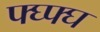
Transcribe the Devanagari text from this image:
फ्घ्फ्घ